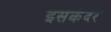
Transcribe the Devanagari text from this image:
इसकंदर